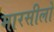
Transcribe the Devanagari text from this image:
मारसीलो